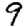
Digit: 9